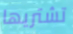
تشتريها